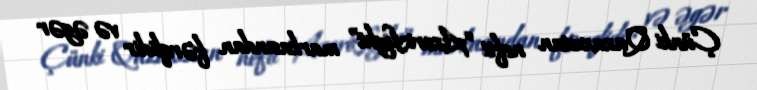
Çünki Qazaxıstan nefti “AzeriLight” markasından fərqlidir və əgər